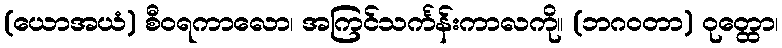
(ယောအယံ) စီဝရကာလော၊ အကြင်သင်္ကန်းကာလကို။ (ဘဂဝတာ) ဝုတ္ထော၊